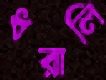
ধরালি